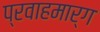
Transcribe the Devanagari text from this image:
प्रवाहमार्ग